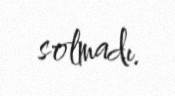
solmadı.